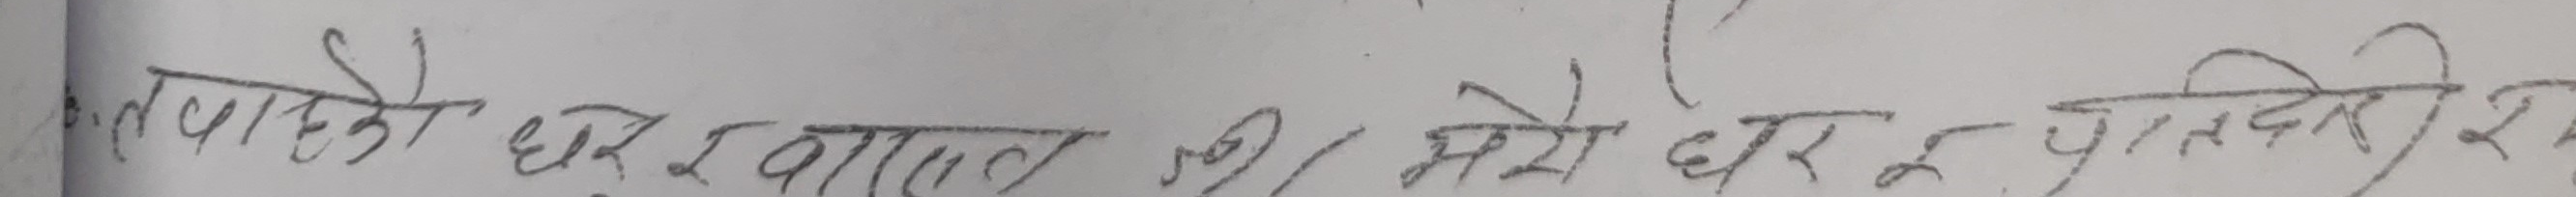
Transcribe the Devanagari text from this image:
तपाएको घर र वात्सल्य के? / मेरो घर र प्रतिदिनको स्र